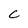
Character: C